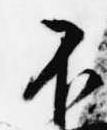
不